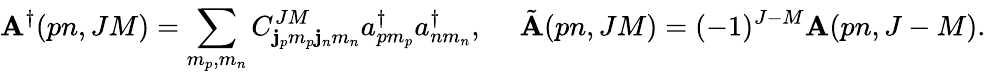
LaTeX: \mathbf{A}^{\dagger}(pn,JM)=\sum_{m_{p},m_{n}}^{}C_{\mathbf{j}_{p}m_{p}\mathbf{j}_{n}m_{n}}^{JM}a_{pm_{p}}^{\dagger}a_{nm_{n}}^{\dagger},~~~~~\tilde{{\mathbf{A}}}(pn,JM)=(-1)^{J-M}{\mathbf{A}}(pn,J-M).